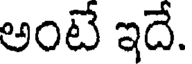
అంటే ఇదే.